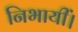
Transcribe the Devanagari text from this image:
निभायीं।